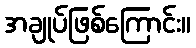
အချုပ်ဖြစ်ကြောင်း။